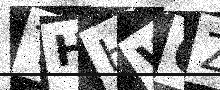
Text: THHWQZ